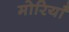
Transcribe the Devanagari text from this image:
मोरियाँ